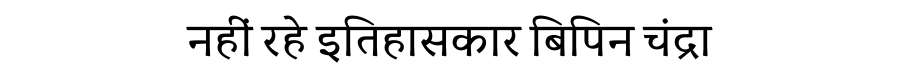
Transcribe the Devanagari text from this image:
नहीं रहे इतिहासकार बिपिन चंद्रा